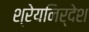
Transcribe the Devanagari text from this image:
श्रेयनिर्देश